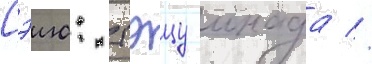
Сэию: тэцу инада //